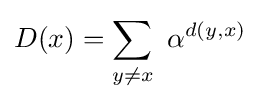
D(x)=\sum _{y\neq x}\ {\alpha ^{d(y,x)}}